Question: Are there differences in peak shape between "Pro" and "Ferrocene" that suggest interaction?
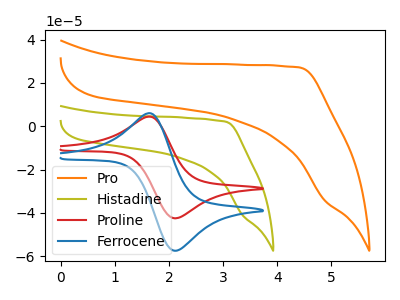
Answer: <think>The orange curve "Pro" has no peaks. The olive curve "Histadine" has no peaks. The red curve "Proline" has an anodic peak at (1.65V, 4.40uA) and a cathodic peak at (2.10V, -42.50uA). The blue curve "Ferrocene" has an anodic peak at (1.65V, 5.95uA) and a cathodic peak at (2.10V, -57.50uA).
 "Pro" and "Ferrocene" have a different number of peaks.</think>
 <answer>Yes, "Pro" and "Ferrocene" are different in shape.</answer>
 <eval>yes_change</eval>